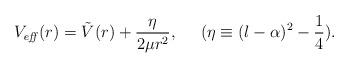
LaTeX: \begin{align*}V_{\it eff}(r) = \tilde{V}(r) + \frac{\eta}{2\mu r^{2}},\;\;\;\;\; (\eta \equiv (l-\alpha)^{2} - \frac{1}{4}).\end{align*}